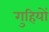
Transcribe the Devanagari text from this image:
गुहियों